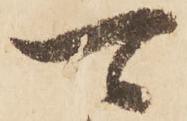
可